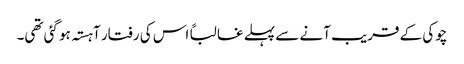
چوکی کے قریب آنے سے پہلے غالباً اس کی رفتار آہستہ ہو گئی تھی۔